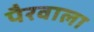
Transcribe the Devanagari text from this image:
पैरवाला